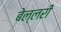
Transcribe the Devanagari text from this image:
बेल्लरी